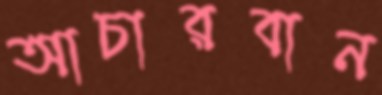
আচারবান